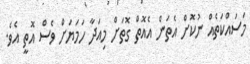
މަސައްކަތެއް ނުކޮށް އެތަން އެއޮތް ގޮތަށް މިއަދާ ހަމަޔަށް ވެސް އޮތީ އެވެ.